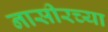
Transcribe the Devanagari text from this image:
नासीरच्या